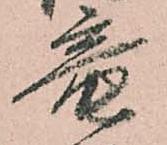
竜